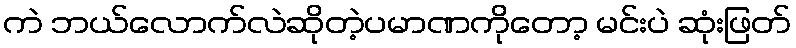
ကဲ ဘယ်လောက်လဲဆိုတဲ့ပမာဏကိုတော့ မင်းပဲ ဆုံးဖြတ်